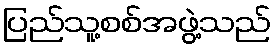
ပြည်သူ့စစ်အဖွဲ့သည်